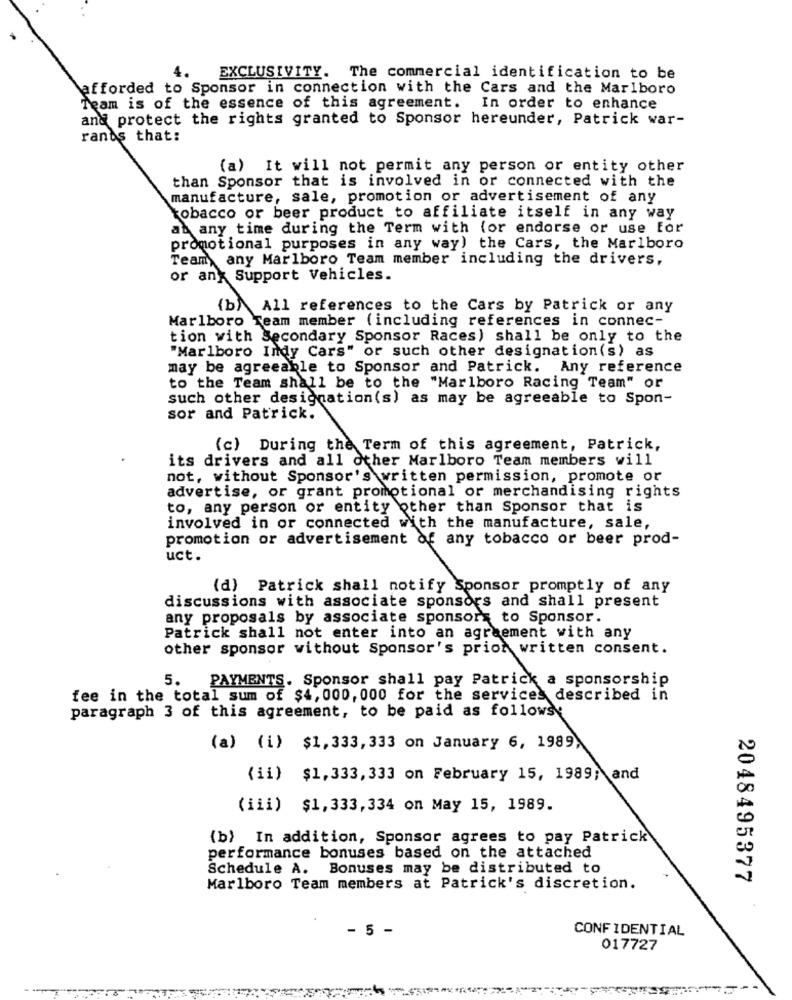
4.
EXCLUSIVITY. The commercial identification to be
afforded to Sponsor in connection with the Cars and the Marlboro
Team is of the essence of this agreement. In order to enhance
and protect the rights granted to Sponsor hereunder, Patrick war-
rants that:
(a) It will not permit any person or entity other
than Sponsor that is involved in or connected with the
manufacture, sale, promotion or advertisement of any
tobacco or beer product to affiliate itself in any way
at any time during the Term with (or endorse or use for
promotional purposes in any way) the Cars, the Marlboro
Team, any Marlboro Team member including the drivers,
or any Support Vehicles.
(b) All references to the Cars by Patrick or any
Marlboro Team member (including references in connec-
tion with Secondary Sponsor Races) shall be only to the
"Marlboro Indy Cars" or such other designation(s) as
may be agreeable to Sponsor and Patrick. Any reference
to the Team shall be to the "Marlboro Racing Team" or
such other designation(s) as may be agreeable to Spon-
sor and Patrick.
(c) During the Term of this agreement, Patrick,
its drivers and all other Marlboro Team members will
not, without Sponsor's written permission, promote or
advertise, or grant promotional or merchandising rights
to, any person or entity other than Sponsor that is
involved in or connected with the manufacture, sale,
promotion or advertisement of any tobacco or beer prod-
uct.
(d) Patrick shall notify Sponsor promptly of any
discussions with associate sponsors and shall present
any proposals by associate sponsors to Sponsor.
Patrick shall not enter into an agreement with any
other sponsor without Sponsor's prior written consent.
5.
PAYMENTS. Sponsor shall pay Patrick a sponsorship
fee in the total sum of $4, 000, 000 for the services described in
paragraph 3 of this agreement, to be paid as followsy
(a) (i) $1,333, 333 on January 6, 1989,
(ii) $1,333, 333 on February 15, 1989; and
(iii) $1,333, 334 on May 15, 1989.
(b) In addition, Sponsor agrees to pay Patrick
performance bonuses based on the attached
Schedule A. Bonuses may be distributed to
2048495377
Marlboro Team members at Patrick's discretion.
- 5 -
CONFIDENTIAL
017727